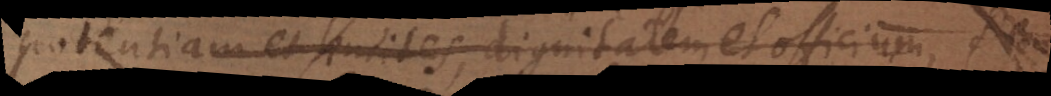
potentiam et limites, dignitatem et officium,